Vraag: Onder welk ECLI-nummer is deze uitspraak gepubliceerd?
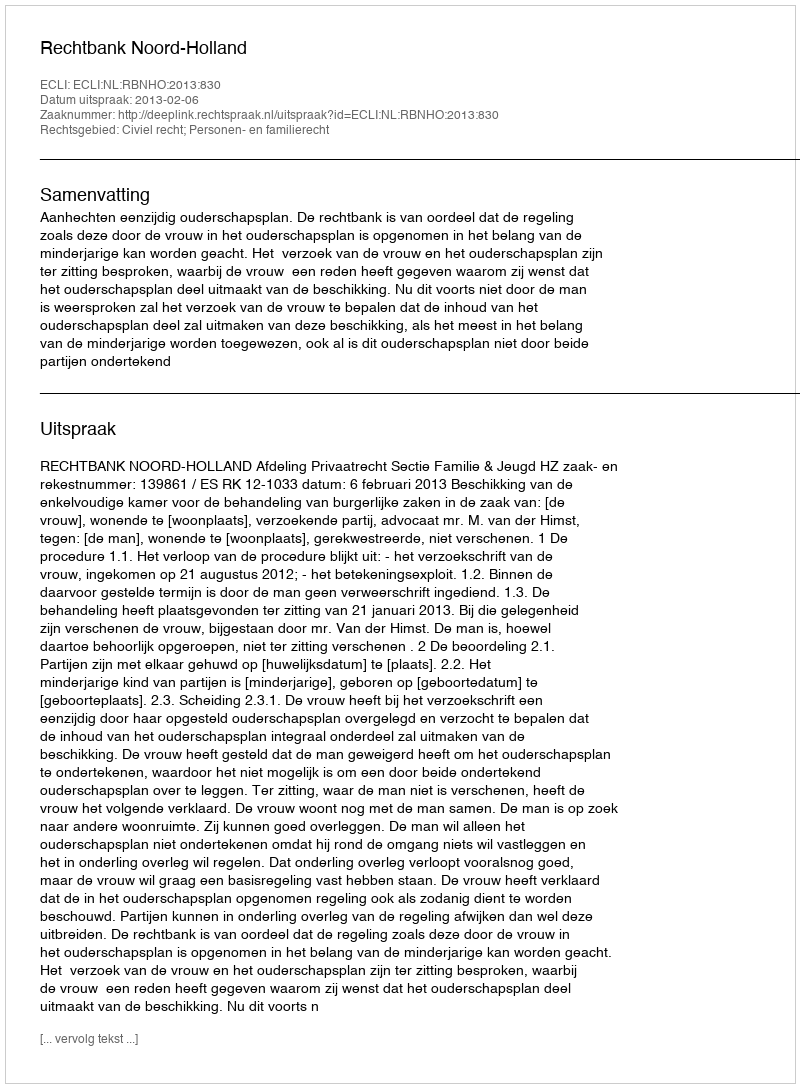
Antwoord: ECLI:NL:RBNHO:2013:830